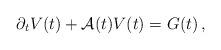
LaTeX: \begin{align*}\partial_t V(t) + \mathcal A (t) V(t) = {G}(t)\,,\end{align*}